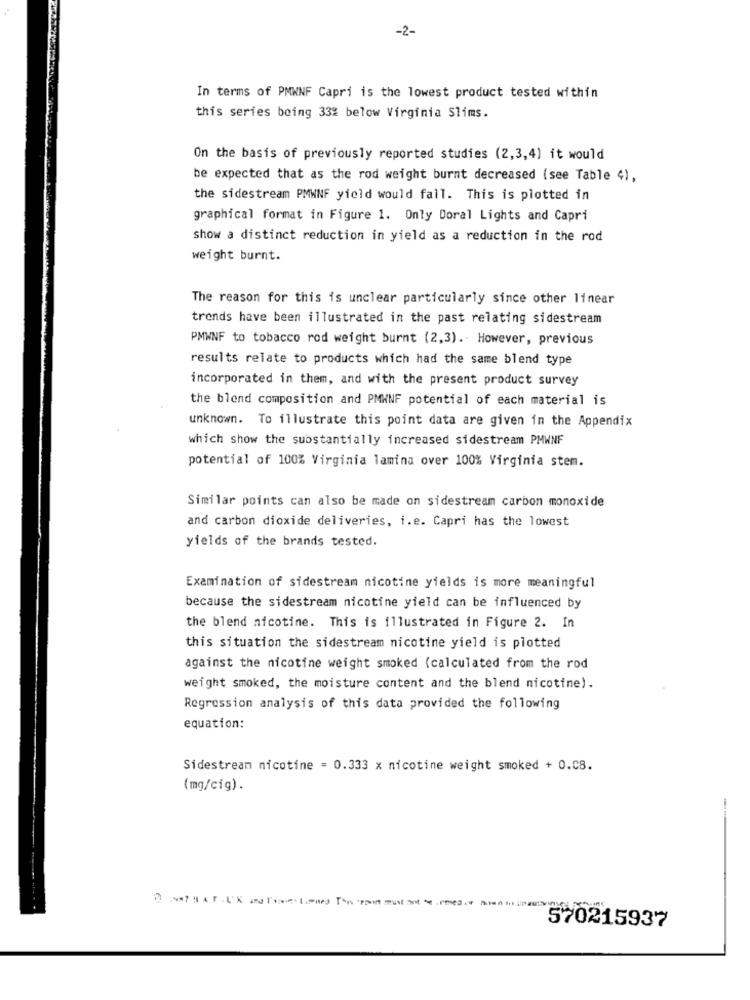
-2-
In terms of PMWNF Capri is the lowest product tested within
this series being 33% below Virginia Slims.
On the basis of previously reported studies (2,3,4) it would
be expected that as the rod weight burnt decreased (see Table 4),
the sidestream PMWNF yield would fall. This is plotted in
graphical format in Figure 1. Only Doral Lights and Capri
show a distinct reduction in yield as a reduction in the rod
weight burnt.
The reason for this is unclear particularly since other linear
trends have been illustrated in the past relating sidestream
PMWNF to tobacco rod weight burnt (2,3).However, previous
results relate to products which had the same blend type
incorporated in them, and with the present product survey
the blend composition and PMWNF potential of each material is
unknown. To illustrate this point data are given in the Appendix
which show the substantially increased sidestream PMWNF
potential of 100% Virginia lamina over 100% Virginia stem.
Similar points can also be made on sidestream carbon monoxide
and carbon dioxide deliveries, i.e. Capri has the lowest
yields of the brands tested.
Examination of sidestream nicotine yields is more meaningful
because the sidestream nicotine yield can be influenced by
the blend nicotine. This is illustrated in Figure 2. In
this situation the sidestream nicotine yield is plotted
against the nicotine weight smoked (calculated from the rod
weight smoked, the moisture content and the blend nicotine).
Regression analysis of this data provided the following
equation:
Sidestream nicotine = 0.333 x nicotine weight smoked + 0.08.
(mg/cig).
570215937